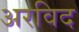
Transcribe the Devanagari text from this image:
अरविद